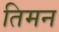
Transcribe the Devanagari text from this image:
तिमन